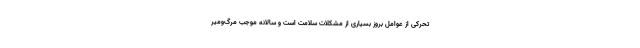
‌تحرکی از عوامل بروز بسیاری از مشکلات سلامت است و سالانه موجب مرگ‌ومیر